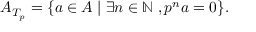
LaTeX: A _ { T _ { p } } = \{ a \in A \; | \; \exists n \in \mathbb { N } \; , p ^ { n } a = 0 \} .